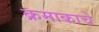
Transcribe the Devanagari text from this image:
क्रमाकाचे